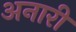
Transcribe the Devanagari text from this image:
अनारी